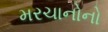
મરચાનોનો